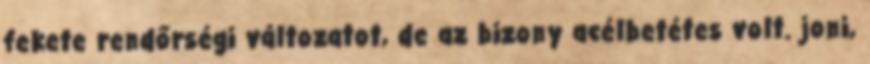
fekete rendőrségi változatot, de az bizony acélbetétes volt. joni,